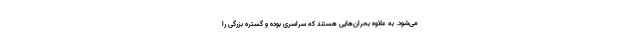
می‌شود. به علاوه بحران‌هایی هستند که سراسری بوده و گستره بزرگی را